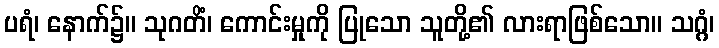
ပရံ၊ နောက်၌။ သုဂတိံ၊ ကောင်းမှုကို ပြုသော သူတို့၏ လားရာဖြစ်သော။ သဂ္ဂံ၊